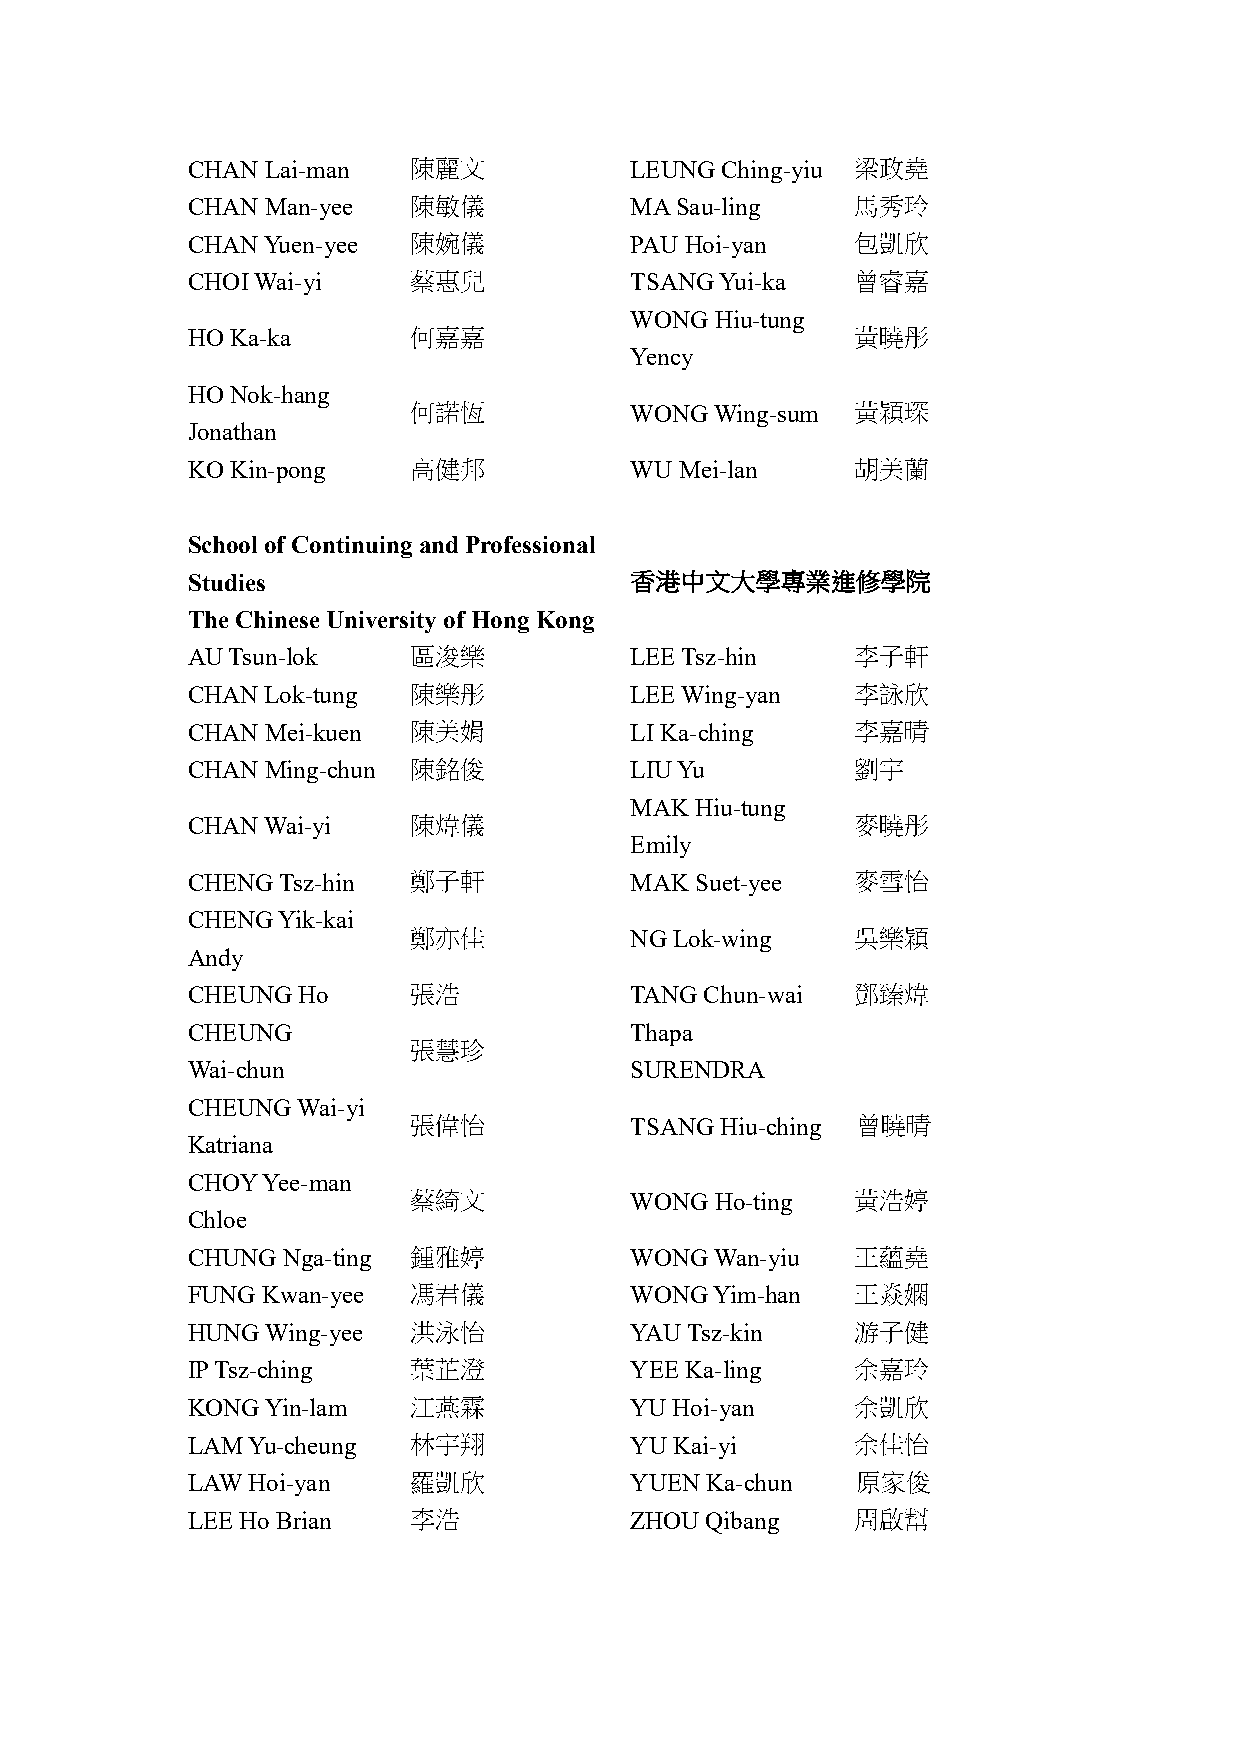
CHAN  Lai-man  陳麗文            LEUNG Ching-yiu 梁政堯
 CHAN  Man-yee  陳敏儀            MA Sau-ling    馬秀玲
 CHAN Yuen-yee  陳婉儀            PAU Hoi-yan    包凱欣
 CHOI Wai-yi    蔡惠兒            TSANG Yui-ka   曾睿嘉
 WONG Hiu-tung
 HO Ka-ka       何嘉嘉                           黃曉彤
 Yency
 HO Nok-hang
 何諾恆            WONG Wing-sum  黃穎琛
 Jonathan
 KO Kin-pong    高健邦            WU Mei-lan     胡美蘭
 School of Continuing and Professional
 Studies                       香港中文大學專業進修學院
 The Chinese University of Hong Kong
 AU Tsun-lok    區浚樂            LEE Tsz-hin    李子軒
 CHAN  Lok-tung 陳樂彤            LEE Wing-yan   李詠欣
 CHAN  Mei-kuen 陳美娟            LI Ka-ching    李嘉晴
 CHAN  Ming-chun 陳銘俊           LIU Yu         劉宇
 MAK Hiu-tung
 CHAN Wai-yi    陳煒儀                           麥曉彤
 Emily
 CHENG Tsz-hin  鄭子軒            MAK Suet-yee   麥雪怡
 CHENG Yik-kai
 鄭亦佳            NG Lok-wing    吳樂穎
 Andy
 CHEUNG  Ho     張浩             TANG Chun-wai  鄧臻煒
 CHEUNG                        Thapa
 張慧珍
 Wai-chun                      SURENDRA
 CHEUNG  Wai-yi
 張偉怡            TSANG Hiu-ching 曾曉晴
 Katriana
 CHOY Yee-man
 蔡綺文            WONG Ho-ting   黃浩婷
 Chloe
 CHUNG  Nga-ting 鍾雅婷           WONG Wan-yiu   王蘊堯
 FUNG Kwan-yee  馮君儀            WONG Yim-han   王焱嫻
 HUNG  Wing-yee 洪泳怡            YAU Tsz-kin    游子健
 IP Tsz-ching   葉芷澄            YEE Ka-ling    余嘉玲
 KONG  Yin-lam  江燕霖            YU Hoi-yan     余凱欣
 LAM Yu-cheung  林宇翔            YU Kai-yi      余佳怡
 LAW Hoi-yan    羅凱欣            YUEN Ka-chun   原家俊
 LEE Ho Brian   李浩             ZHOU Qibang    周啟幫